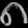
Digit: ၈